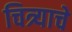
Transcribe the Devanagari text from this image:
चित्र्याचे